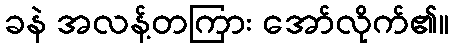
ခနဲ အလန့်တကြား အော်လိုက်၏။